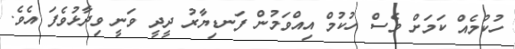
ހުކުމެއް ކަމަށް ވެސް ހުކުމް އިއްވަމުން ފަނޑިޔާރު ދީދީ ވަނީ ވިދާޅުވެފަ އެވެ.